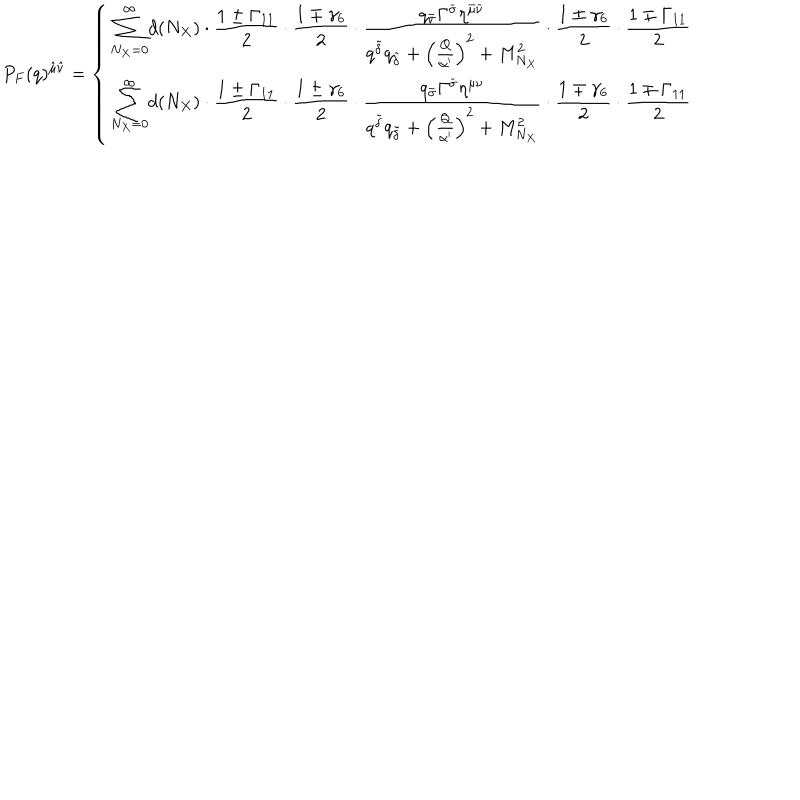
P _ { F } ( q ) ^ { { \hat { \mu } } { \hat { \nu } } } = \left\{ \begin{array} { l } { { \displaystyle { \sum _ { N _ { X } = 0 } ^ { \infty } } d ( N _ { X } ) \cdot { \frac { 1 \pm \Gamma _ { 1 1 } } { 2 } } \cdot { \frac { 1 \mp \gamma _ { 6 } } { 2 } } \cdot { \frac { q _ { \bar { \sigma } } \Gamma ^ { \bar { \sigma } } \eta ^ { { \bar { \mu } } { \bar { \nu } } } } { q ^ { \tilde { \delta } } q _ { \tilde { \delta } } + \left( { \frac { Q } { \alpha ^ { \prime } } } \right) ^ { 2 } + M _ { N _ { X } } ^ { 2 } } } \cdot { \frac { 1 \pm \gamma _ { 6 } } { 2 } } \cdot { \frac { 1 \mp \Gamma _ { 1 1 } } { 2 } } } } \\ { { \displaystyle { \sum _ { N _ { X } = 0 } ^ { \infty } } d ( N _ { X } ) \cdot { \frac { 1 \pm \Gamma _ { 1 1 } } { 2 } } \cdot { \frac { 1 \pm \gamma _ { 6 } } { 2 } } \cdot { \frac { q _ { \bar { \sigma } } \Gamma ^ { \bar { \sigma } } \eta ^ { { \mu } { \nu } } } { q ^ { \tilde { \delta } } q _ { \tilde { \delta } } + \left( { \frac { Q } { \alpha ^ { \prime } } } \right) ^ { 2 } + M _ { N _ { X } } ^ { 2 } } } \cdot { \frac { 1 \mp \gamma _ { 6 } } { 2 } } \cdot { \frac { 1 \mp \Gamma _ { 1 1 } } { 2 } } } } \\ \end{array} \right.